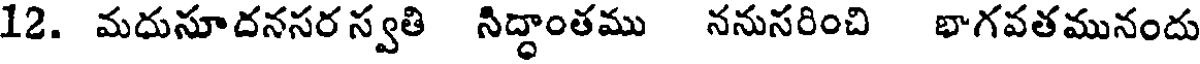
12. మదుసూదనసర స్వతి నిద్ధాంతము ననుసరించి భాగవతమునందు